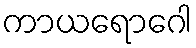
ကာယရောဂေါ